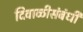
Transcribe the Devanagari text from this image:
दिवाळीसंबंधी